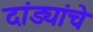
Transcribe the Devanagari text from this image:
दांड्यांचे